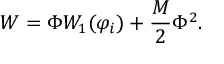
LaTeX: W = \Phi W _ { 1 } ( \varphi _ { i } ) + \frac { M } { 2 } \Phi ^ { 2 } .